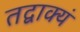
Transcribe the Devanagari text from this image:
तद्वाक्यं